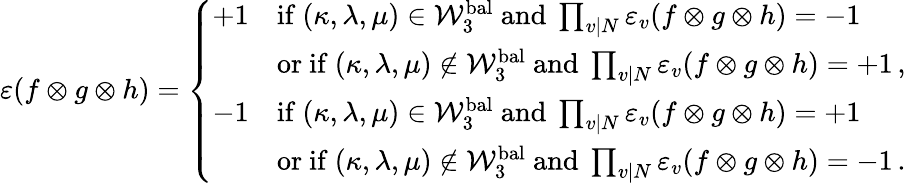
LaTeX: \begin{array}{r}{\varepsilon(f\otimes g\otimes h)=\left\{ \begin{array}{ll}{+1}&{\mathrm{if~}(\kappa,\lambda,\mu)\in\mathcal{W}_{3}^{\mathrm{bal}}\mathrm{~and~}\prod_{v\mid N}\varepsilon_{v}(f\otimes g\otimes h)=-1\, }\\ &{\mathrm{or~if~}(\kappa,\lambda,\mu)\notin\mathcal{W}_{3}^{\mathrm{bal}}\mathrm{~and~}\prod_{v\mid N}\varepsilon_{v}(f\otimes g\otimes h)=+1\, ,}\\ {-1}&{\mathrm{if~}(\kappa,\lambda,\mu)\in\mathcal{W}_{3}^{\mathrm{bal}}\mathrm{~and~}\prod_{v\mid N}\varepsilon_{v}(f\otimes g\otimes h)=+1\, }\\ &{\mathrm{or~if~}(\kappa,\lambda,\mu)\notin\mathcal{W}_{3}^{\mathrm{bal}}\mathrm{~and~}\prod_{v\mid N}\varepsilon_{v}(f\otimes g\otimes h)=-1\, .}\end{array}\right.}\end{array}